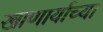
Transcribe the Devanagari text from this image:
खाणार्याच्या